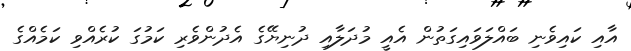
އާއި ކައިވެނި ބައްލަވައިގަތުން އެއީ މުދަލާއި ދުނިޔޭގެ އެދުންވެރި ކަމުގަ ކުރެއްވި ކަމެއްގެ